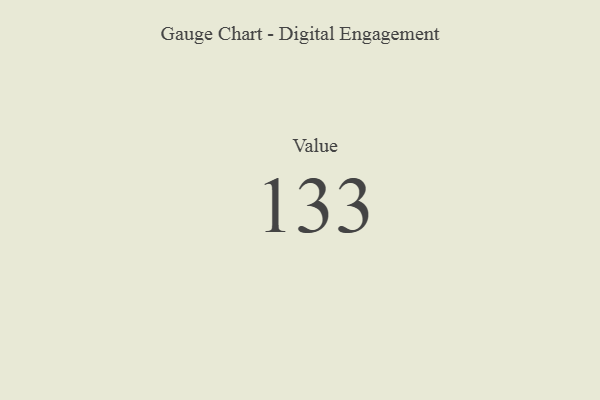
{"axis": {"x": "Metric", "y": "Value"}, "legend": [""], "data": [{"x": "Value", "y": 133, "type": ""}]}